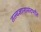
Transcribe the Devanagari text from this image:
तत्त्वज्ञानासंदर्भात